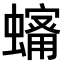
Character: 𧒠